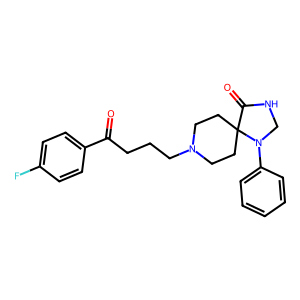
SMILES: O=C(CCCN1CCC2(CC1)C(=O)NCN2c1ccccc1)c1ccc(F)cc1
Inhibits HIV replication: No